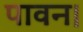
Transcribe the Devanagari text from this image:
पावन।